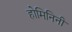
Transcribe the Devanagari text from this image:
होमिनिनी